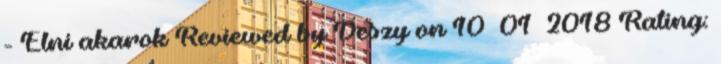
- Élni akarok Reviewed by Deszy on 10 01 2018 Rating: